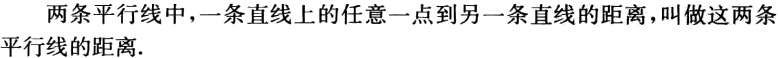
两条平行线中，一条直线上的任意一点到另一条直线的距离，叫做这两条